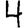
Digit: 4